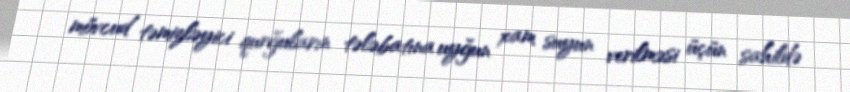
mövcud təmizləyici qurğuların tələbatına uyğun xam suyun verilməsi üçün sahildə